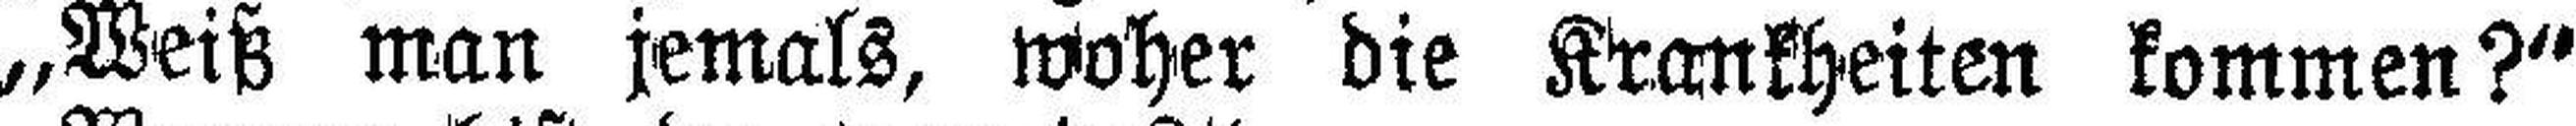
„Weiß man jemals, woher die Krankheiten kommen?“